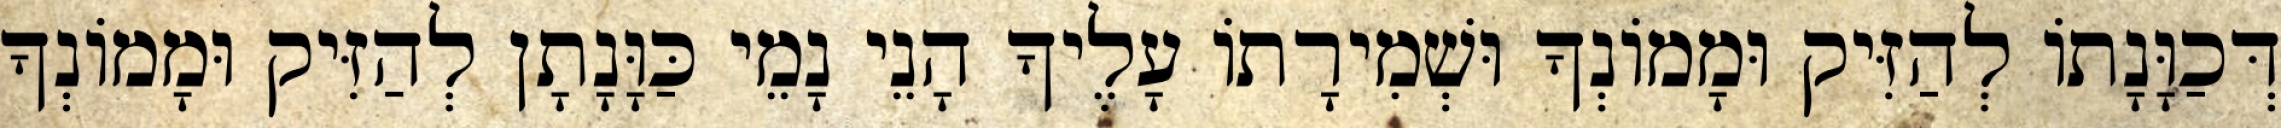
דְּכַוָּנָתוֹ לְהַזִּיק וּמָמוֹנְךָ וּשְׁמִירָתוֹ עָלֶיךָ הָנֵי נָמֵי כַּוָּנָתָן לְהַזִּיק וּמָמוֹנְךָ